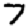
Digit: 7